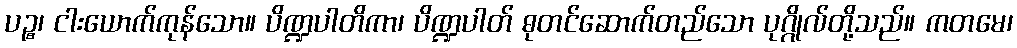
ပဉ္စ၊ ငါးယောက်ကုန်သော။ ပိဏ္ဍပါတိကာ၊ ပိဏ္ဍပါတ် ဓုတင်ဆောက်တည်သော ပုဂ္ဂိုလ်တို့သည်။ ကတမေ၊